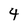
Character: 4